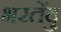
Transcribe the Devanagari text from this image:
भरतेंदु